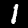
Digit: 1